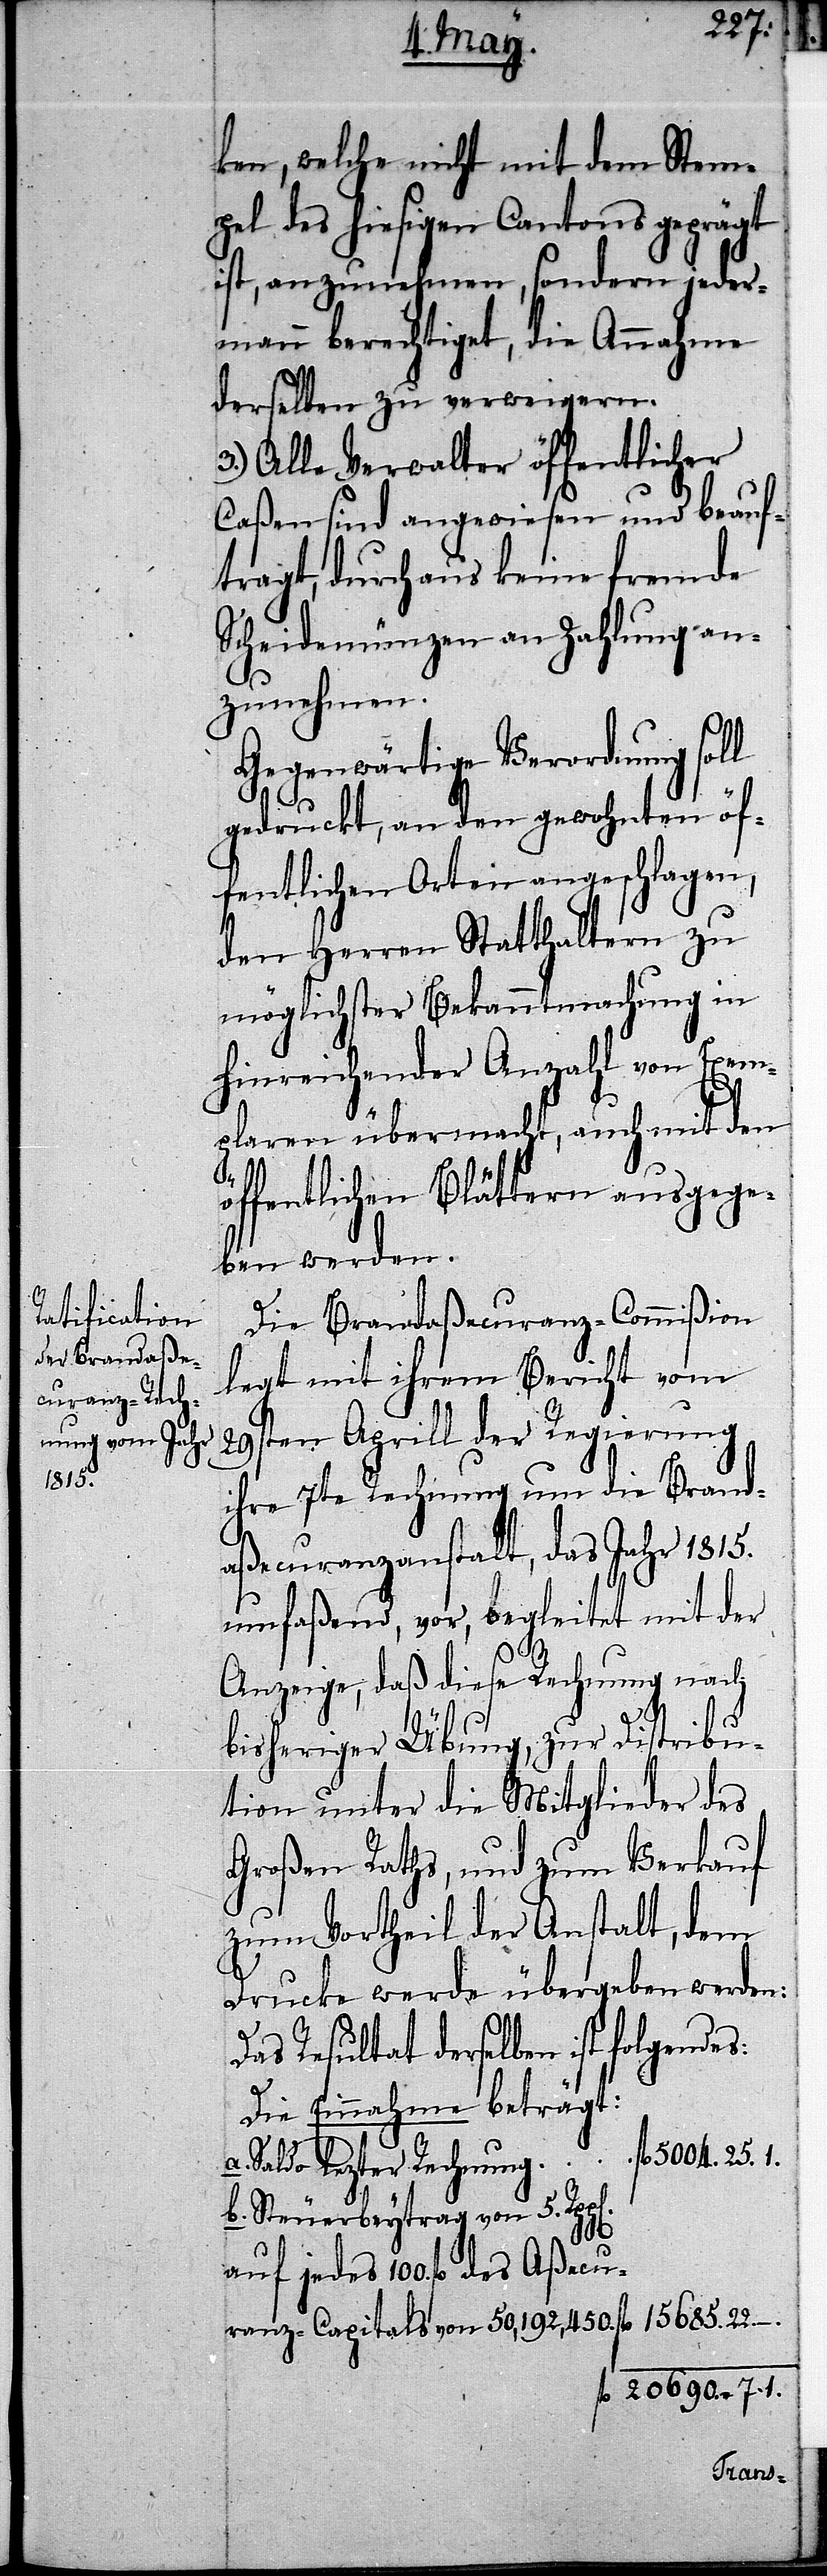
ken, welche nicht mit dem Stem¬
pel des hiesigen Cantons geprägt
ist, anzunehmen, sondern jeder¬
mann berechtiget, die Annahme
derselben zu verweigern.
3.) Alle Verwalter öffentlicher
Caßen sind angewiesen und beauf¬
tragt, durchaus keine fremde
Scheidemünzen an Zahlung an¬
zunehmen.
Gegenwärtige Verordnung soll
gedruckt, an den gewohnten öf¬
fentlichen Orten angeschlagen,
den Herren Statthaltern zu
möglichster Bekanntmachung in
hinreichender Anzahl von Exem¬
plaren übermacht, auch mit den
öffentlichen Blättern ausgege¬
ben werden.
Die Brandaßecuranz-Commißion
legt mit ihrem Bericht vom
29sten Aprill der Regierung
ihre 7te Rechnung um die Brand¬
aßecuranzanstalt, das Jahr 1815.
umfaßend, vor, begleitet mit der
Anzeige, daß diese Rechnung nach
bisheriger Übung, zur Distribu¬
tion unter die Mitglieder des
Großen Raths, und zum Verkauf
zum Vortheil der Anstalt, dem
Drucke werde übergeben werden:
Das Resultat derselben ist folgendes:
Die Einnahme beträgt:
a. Saldo letzter Rechnung					fl 5004.25.1.
b. Steuerbeytrag von 5.
auf jedes 100 fl. des Aßecu¬
ranz-Capitals von 50,192,450. 		fl 15685.22.–.
fl 20690. 7.1.